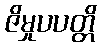
ဇိမှုပပတ္တိ